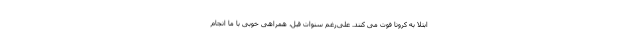
ابتلا به کرونا فوت می کنند. علی‌رغم سنوات قبل، همراهی خوبی با ما انجام